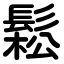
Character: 鬆